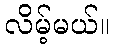
လိမ့်မယ်။